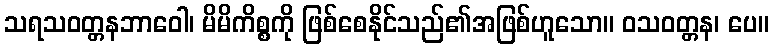
သရသဝတ္တနဘာဝေါ၊ မိမိကိစ္စကို ဖြစ်စေနိုင်သည်၏အဖြစ်ဟူသော။ ဝသဝတ္တန၊ ပေ။